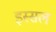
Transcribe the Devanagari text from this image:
इस्सल